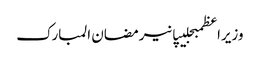
وزیراعظمبجلیپانیرمضان المبارک